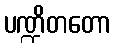
ပဏ္ဍိတတော